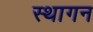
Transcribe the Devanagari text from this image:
स्थागन